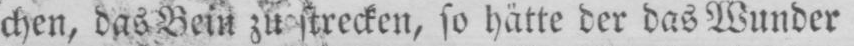
chen, das Bein zu strecken, so hätte der das Wunder